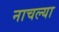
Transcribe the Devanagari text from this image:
नाचल्या